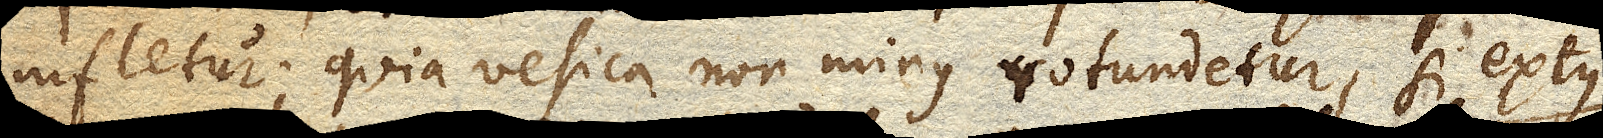
infletur; quia vesica non minus rotundetur, si extus